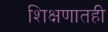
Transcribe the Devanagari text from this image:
शिक्षणातही